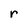
Character: r